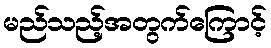
မည်သည့်အတွက်ကြောင့်